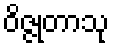
ဝိဇ္ဇုတာသု